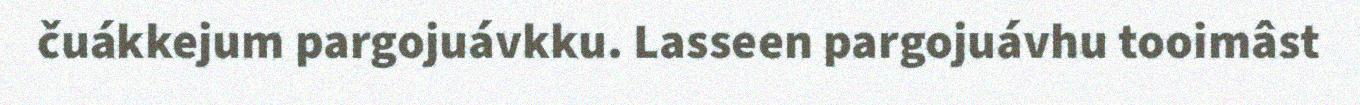
čuákkejum pargojuávkku. Lasseen pargojuávhu tooimâst